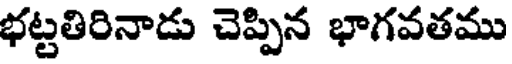
భట్టతిరినాడు చెప్పిన భాగవతము